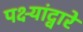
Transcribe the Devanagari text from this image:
पक्ष्यांद्वारे